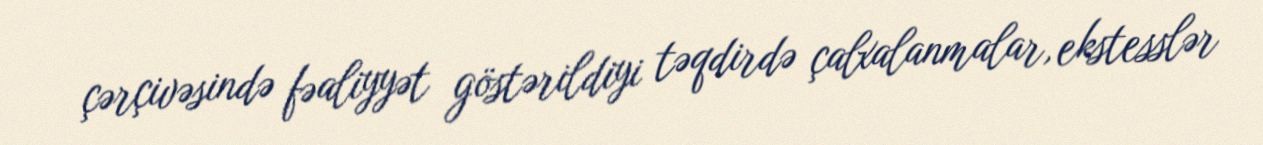
çərçivəsində fəaliyyət göstərildiyi təqdirdə çalxalanmalar, ekstesslər